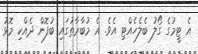
އެ ޓީމުގެ ގޯލު ބެލެހެއްޓި އެވެ. އެ މުބާރާތުގައި ބުފޮން ދެއްކި މޮޅު